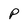
Character: P